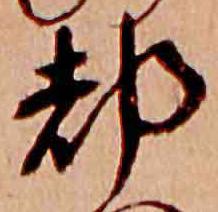
都